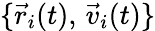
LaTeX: \{ \vec{r}_{i}(t),\, \vec{v}_{i}(t)\}